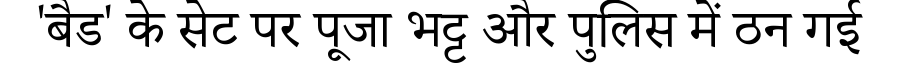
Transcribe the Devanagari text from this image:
'बैड' के सेट पर पूजा भट्ट और पुलिस में ठन गई